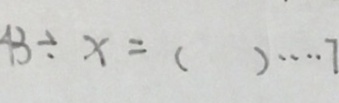
4 3 \div x = ( ) \cdots 7